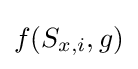
f(S_{x,i},g)